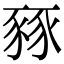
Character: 豩